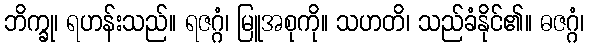
ဘိက္ခု၊ ရဟန်းသည်။ ရဇဂ္ဂံ၊ မြူအစုကို။ သဟတိ၊ သည်ခံနိုင်၏။ ဓဇဂ္ဂံ၊